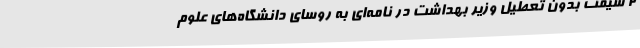
2 شیفت بدون تعطیل وزیر بهداشت در نامه‌ای به روسای دانشگاه‌های علوم